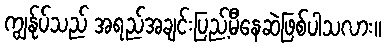
ကျွန်ုပ်သည် အရည်အချင်းပြည့်မီနေဆဲဖြစ်ပါသလား။